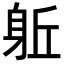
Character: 𨈬